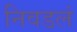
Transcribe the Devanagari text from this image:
निवडलं